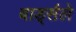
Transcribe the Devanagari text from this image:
बार्ड्सले